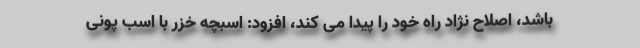
باشد، اصلاح نژاد راه خود را پیدا می کند، افزود: اسبچه خزر با اسب پونی